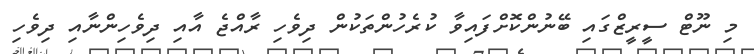
މި ނޫޓް ސީރީޒްގައި ބޭނުންކޮށްފައިވާ ކުރެހުންތަކުން ދިވެހި ރާއްޖެ އާއި ދިވެހިންނާއި ދިވެހި